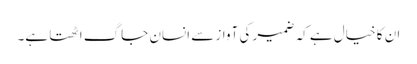
ان کا خیال ہے کہ ضمیر کی آواز سے انسان جاگ اٹھتا ہے۔